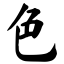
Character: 色